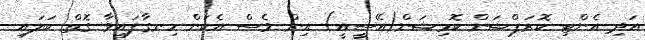
އަދި އެންޓި ކޮރަޕްޝަން ކޮމިޝަން(އޭސީއީ) އިން ވެސް އެކަން ހިނގާފައިވާ ގޮތް ބަލައި